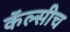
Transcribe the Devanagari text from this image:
कॅल्सीच